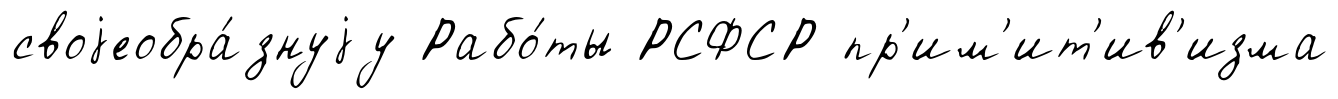
своjеобра́знуjу Рабо́ты РСФСР пр'им'ит'ив'изма